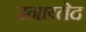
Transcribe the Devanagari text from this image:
उनाय्तेद